Document type: Sale
Year: 1499
Scribe: Joan Martínez de Sòria
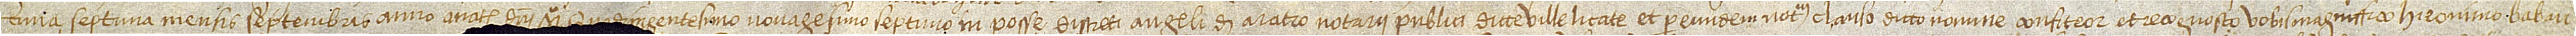
cima septima mensis septembris, anno a Nativitate Domini Mº quadringentesimo nonagesimo septimo, in posse discreti Angeli de Aratro, notarii publici dicte ville Licate, et per eundem notarium clauso, dicto nomine confiteor et recognosco vobis magniffico Hie(r)onimo Babau